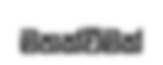
මතක්වීමක්